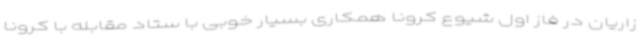
زاریان در فاز اول شیوع کرونا همکاری بسیار خوبی با ستاد مقابله با کرونا